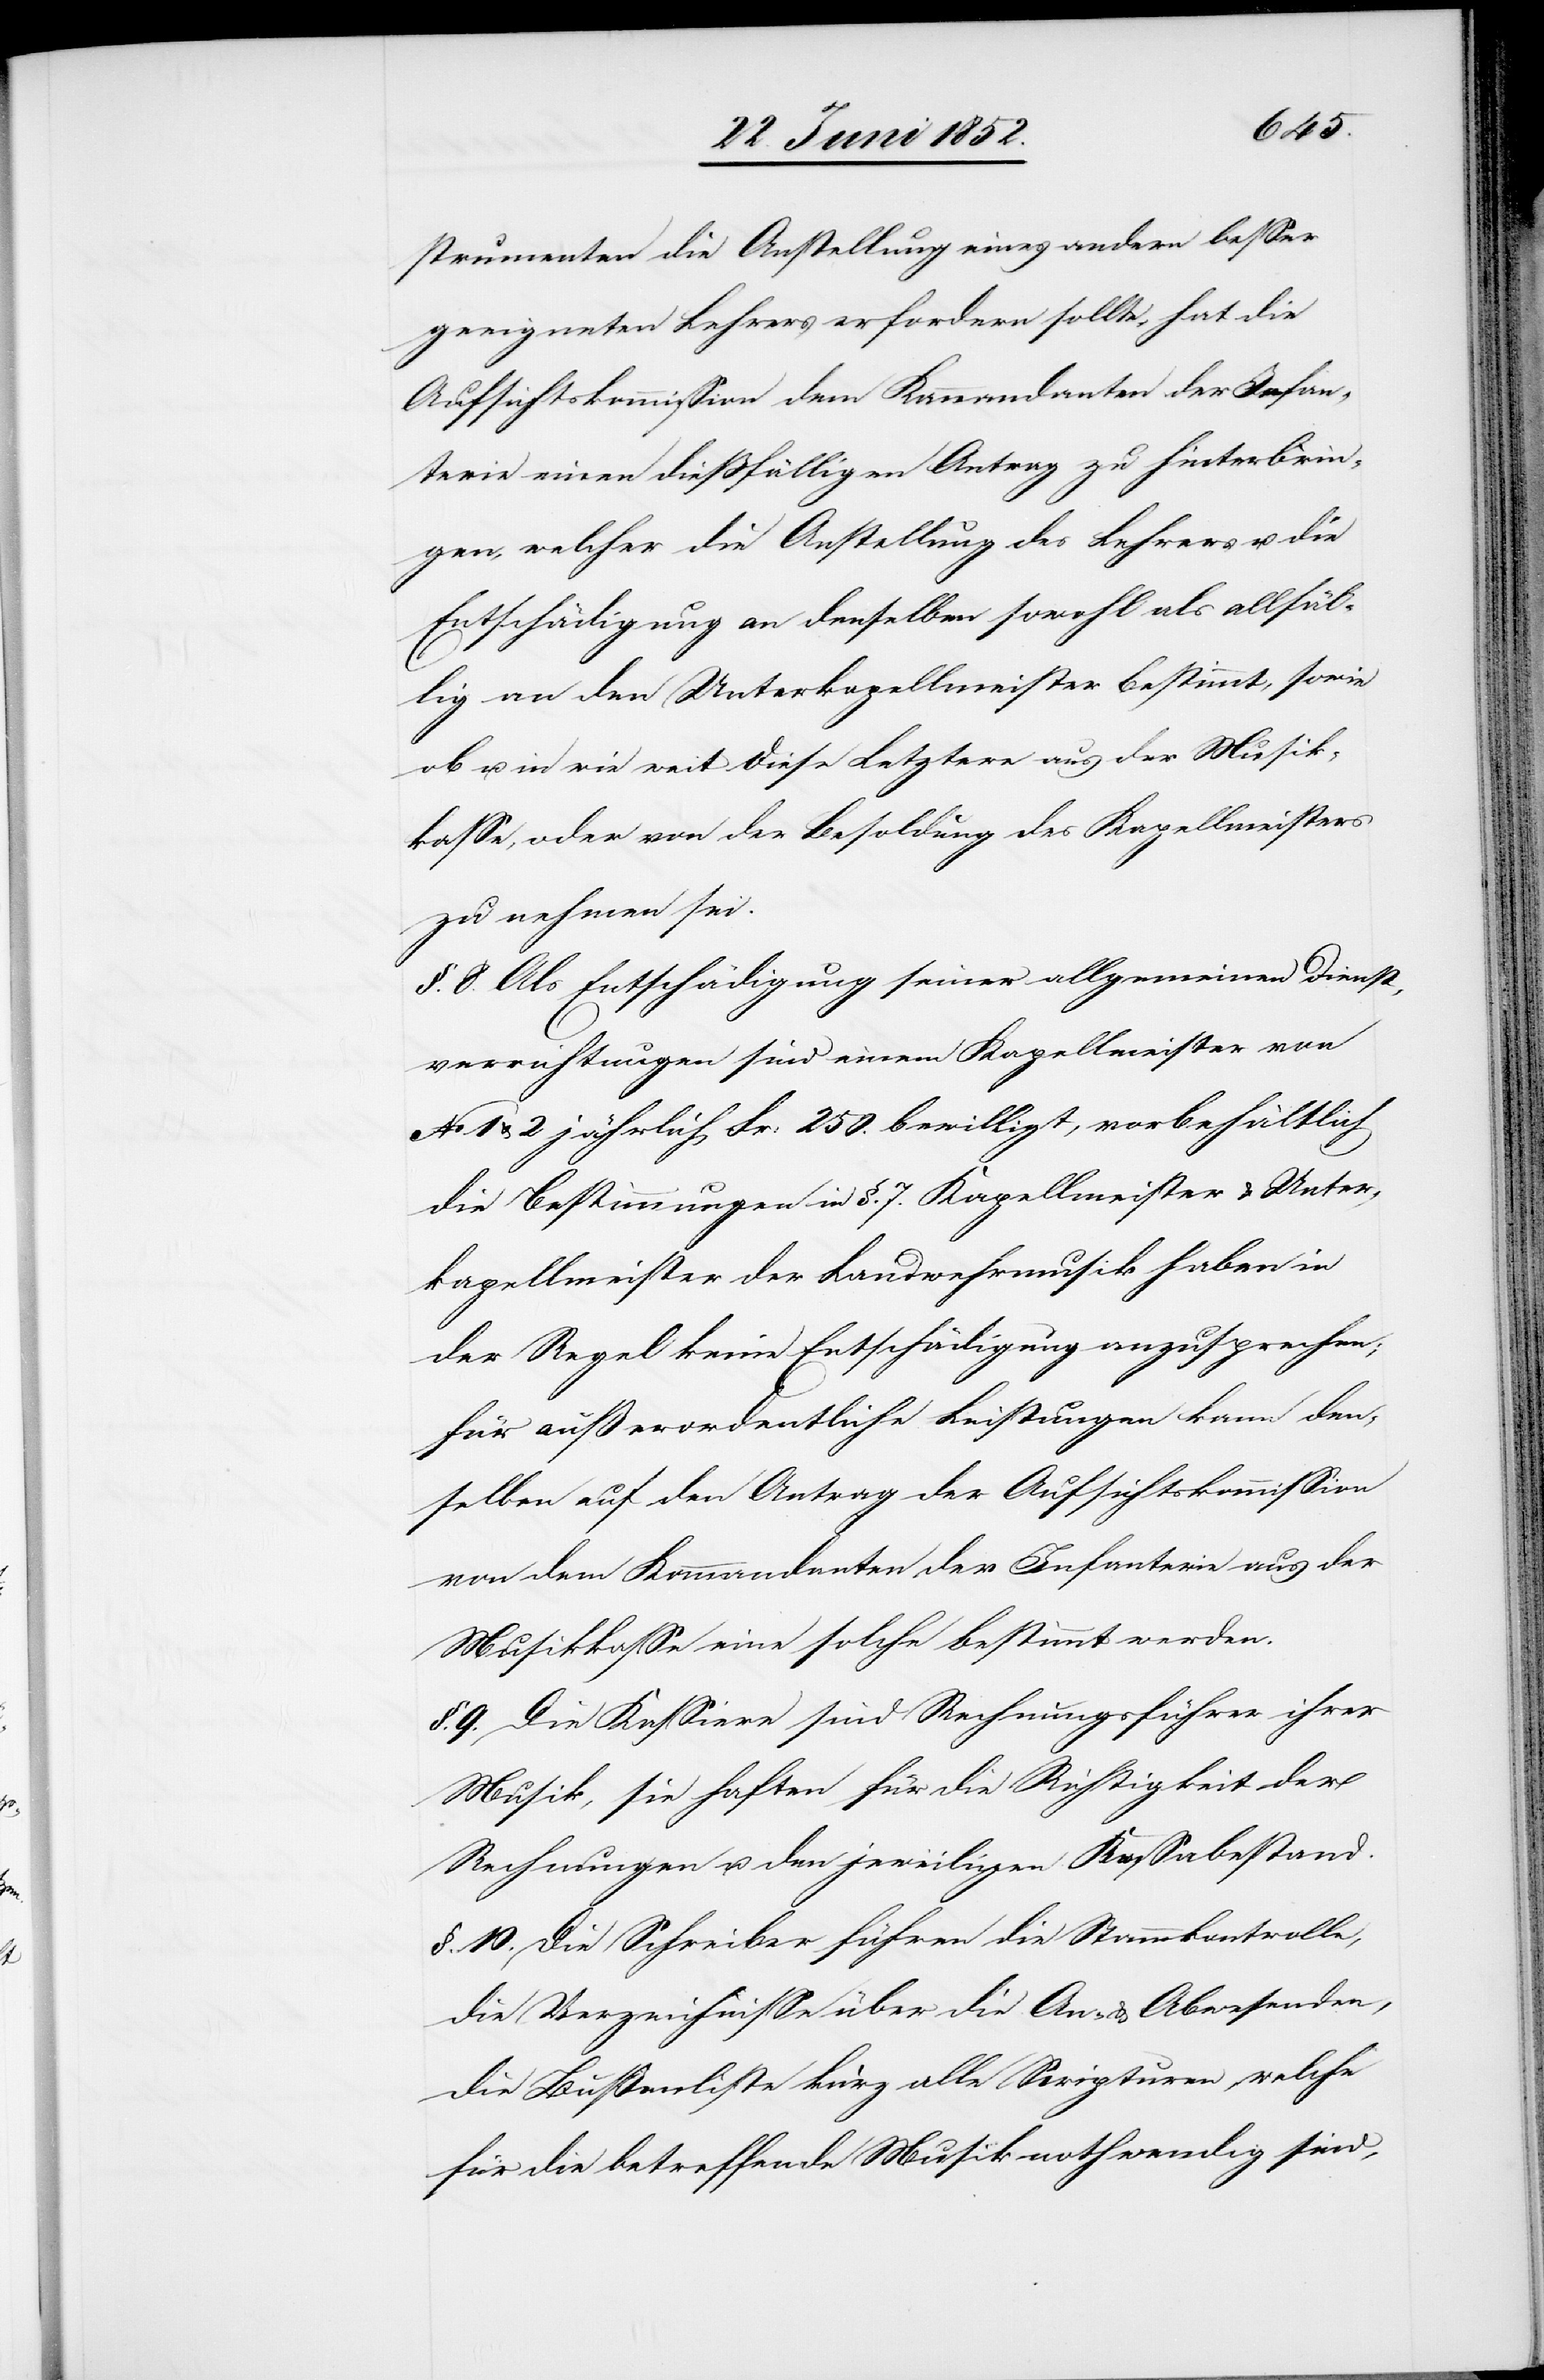
strumenten die Anstellung eines andern besser
geeigneten Lehrers erfordern sollte, hat die
Aufsichtskommission dem Kommandanten der Infan¬
terie einen dießfälligen Antrag zu hinterbrin¬
gen, welcher die Anstellung des Lehrers u. die
Entschädigung an denselben sowohl als allfäl¬
lig an den Unterkapellmeister bestimmt, sowie
ob u. in wie weit diese Letztere aus der Musik¬
kasse, oder von der Besoldung des Kapellmeisters
zu nehmen sei.
§. 8. Als Entschädigung seiner allgemeinen Dienst¬
verrichtungen sind einem Kapellmeister von
No 1 & 2 jährlich Fr: 250. bewilligt, vorbehältlich
die Bestimmungen in §. 7. Kapellmeister & Unter¬
kapellmeister der Landwehrmusik haben in
der Regel keine Entschädigung anzusprechen;
für außerordentliche Leistungen kann den¬
selben auf den Antrag der Aufsichtskommission
von dem Kommandanten der Infanterie aus der
Musikkasse eine solche bestimmt werden.
§. 9. Die Kassiere sind Rechnungsführer ihrer
Musik, sie haften für die Richtigkeit der
Rechnungen u. den jeweiligen Kassabestand.
§. 10. Die Schreiber führen die Stammkontrolle,
die Verzeichnisse über die An- & Abwesenden,
die Bußenliste kurz alle Scripturen, welche
für die betreffende Musik nothwendig sind,